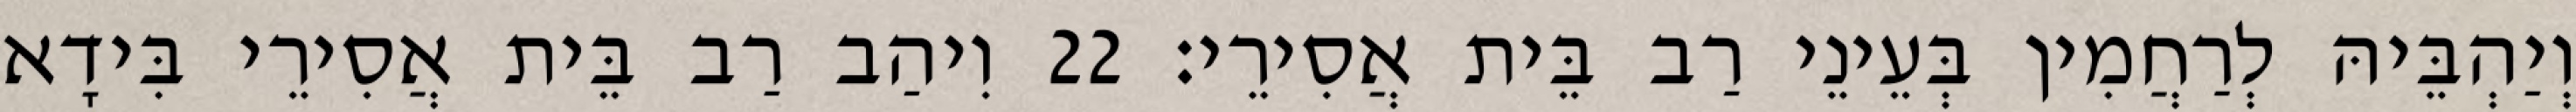
וְיַהְבֵּיהּ לְרַחֲמִין בְּעֵינֵי רַב בֵּית אֲסִירֵי׃ 22 וִיהַב רַב בֵּית אֲסִירֵי בִּידָא